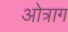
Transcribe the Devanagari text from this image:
ओत्राग